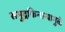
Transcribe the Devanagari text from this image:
समुद्रकिनाऱ्यामुळे